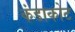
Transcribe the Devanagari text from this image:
कंडाकोट